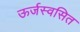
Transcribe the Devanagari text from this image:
ऊर्जस्वसित